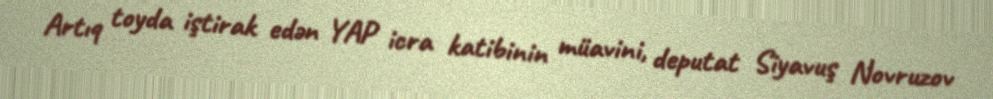
Artıq toyda iştirak edən YAP icra katibinin müavini, deputat Siyavuş Novruzov